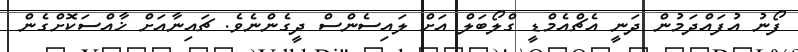
ފޯނު އުފައްދަމުން ދަނީ އެޗްއެމްޑީ ގްލޯބަލް އަށް ލައިސެންސް ދީގެންނެވެ. ޗައިނާއަށް ޚާއްސަކޮށްގެން